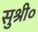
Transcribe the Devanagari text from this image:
सुश्री०